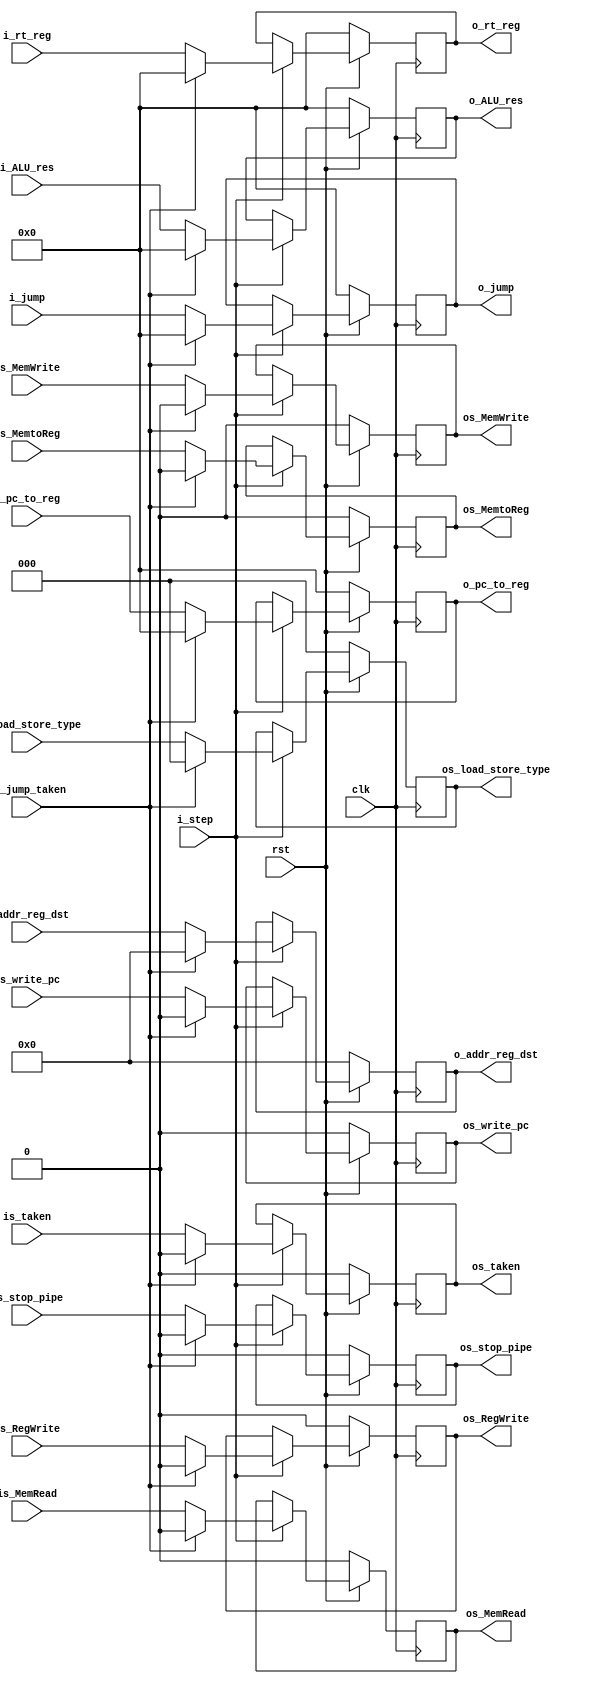
`timescale 1ns / 1ps

module Latch_EX_MEM(
                input wire          rst,
                input wire          clk,
                input wire          i_step,
                input wire          is_jump_taken,//limpia en caso de salto
                input wire [31 : 0] i_jump,//direccion a saltar
                input wire [31 : 0] i_pc_to_reg,
                input wire [31 : 0] i_ALU_res,
                input wire [31 : 0] i_rt_reg,
                input wire [4  : 0] i_addr_reg_dst,//direccion del banco de
                                                   //registros a escribir
                input wire          is_write_pc,
                input wire          is_taken,
                //input wire          is_select_addr_reg,
                input wire          is_RegWrite,
                input wire          is_MemtoReg,
                input wire          is_MemWrite,
                input wire          is_MemRead,    
                input wire          is_stop_pipe,
                input wire [2  : 0] is_load_store_type,
                output reg [31 : 0] o_jump,//direccion a saltar
                output reg [31 : 0] o_pc_to_reg,
                output reg [31 : 0] o_ALU_res,
                output reg [31 : 0] o_rt_reg,
                output reg [4  : 0] o_addr_reg_dst,//direccion del banco de
                                                  //registros a escribir
                output reg          os_write_pc,
                output reg          os_taken,
                //output reg          os_select_addr_reg,
                output reg          os_RegWrite,
                output reg          os_MemtoReg,
                output reg          os_MemWrite,
                output reg          os_MemRead,    
                output reg          os_stop_pipe,
                output reg [2  : 0] os_load_store_type
                    );



    always@(posedge clk)begin
        if(~rst)begin
            o_jump              <= 0;
            o_pc_to_reg         <= 0;
            o_ALU_res           <= 0;
            o_rt_reg            <= 0;
            o_addr_reg_dst      <= 0;
            os_write_pc         <= 0;
            os_taken            <= 0;
            //os_select_addr_reg  <= 0;
            os_RegWrite         <= 0;
            os_MemtoReg         <= 0;
            os_MemWrite         <= 0;              
            os_MemRead          <= 0; 
            os_load_store_type  <= 0;
            os_stop_pipe        <= 0;
        end
        else begin
            if(i_step) begin
                if(is_jump_taken)begin
                    o_jump              <= 0;
                    o_pc_to_reg         <= 0;
                    o_ALU_res           <= 0;
                    o_rt_reg            <= 0;
                    o_addr_reg_dst      <= 0;
                    os_write_pc         <= 0;
                    os_taken            <= 0;
                    //os_select_addr_reg  <= 0;
                    os_RegWrite         <= 0;
                    os_MemtoReg         <= 0;
                    os_MemWrite         <= 0;              
                    os_MemRead          <= 0; 
                    os_load_store_type  <= 0;
                    os_stop_pipe        <= 0;
                end
                else begin
                    o_jump              <= i_jump;
                    o_pc_to_reg         <= i_pc_to_reg;
                    o_ALU_res           <= i_ALU_res;
                    o_rt_reg            <= i_rt_reg;
                    o_addr_reg_dst      <= i_addr_reg_dst;
                    os_write_pc         <= is_write_pc;
                    os_taken            <= is_taken;
                    //os_select_addr_reg  <= is_select_addr_reg;
                    os_RegWrite         <= is_RegWrite;
                    os_MemtoReg         <= is_MemtoReg;
                    os_MemWrite         <= is_MemWrite;              
                    os_MemRead          <= is_MemRead; 
                    os_load_store_type  <= is_load_store_type;
                    os_stop_pipe        <= is_stop_pipe;
                end
            end
        end
    end
endmodule